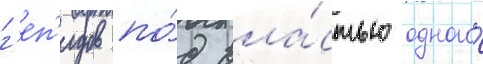
г'еп'идов по́д вла́стью одного́